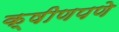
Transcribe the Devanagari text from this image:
क्षीणपणे